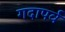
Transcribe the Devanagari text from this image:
गदापर्व